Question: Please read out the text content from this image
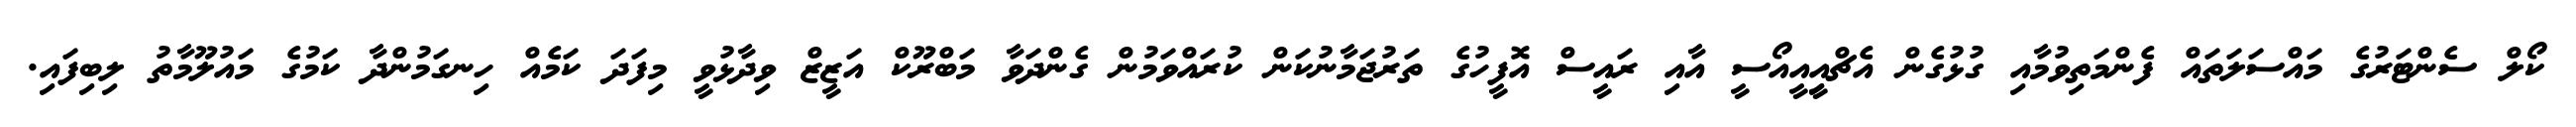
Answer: ކޯލް ސެންޓަރުގެ މައްސަލަތައް ފެންމަތިވުމާއި ގުޅުގެން އެޗްއިީއީއޯސީ އާއި ރައީސް އޮފީހުގެ ތަރުޖަމާނުކަން ކުރައްވަމުން ގެންދަވާ މަބްރޫކް އަޒީޒް ވިދާޅުވީ މިފަދަ ކަމެއް ހިނގަމުންދާ ކަމުގެ މައުލޫމާތު ލިބިފައި.